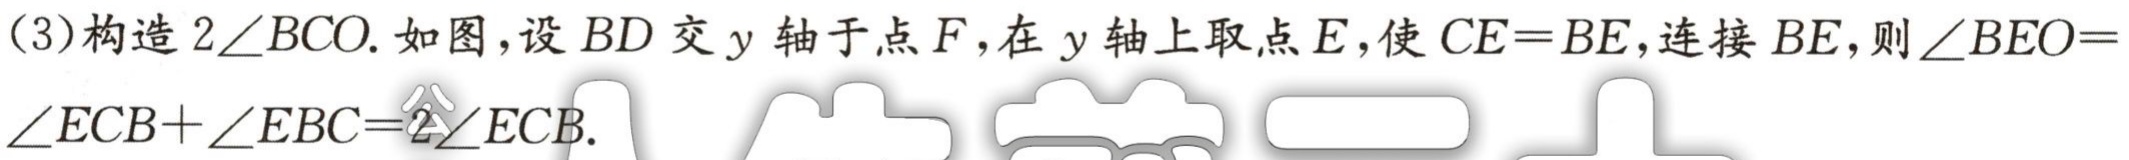
(3)构造\(2\angle BCO\). 如图，设\(BD\)交\(y\)轴于点\(F\)，在\(y\)轴上取点\(E\)，使\(CE = BE\)，连接\(BE\)，则\(\angle BEO=\angle ECB+\angle EBC = 2\angle ECB\).